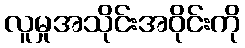
လူမှုအသိုင်းအဝိုင်းကို